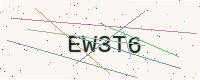
Text: EW3T6